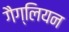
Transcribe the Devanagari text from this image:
गैग्लियन